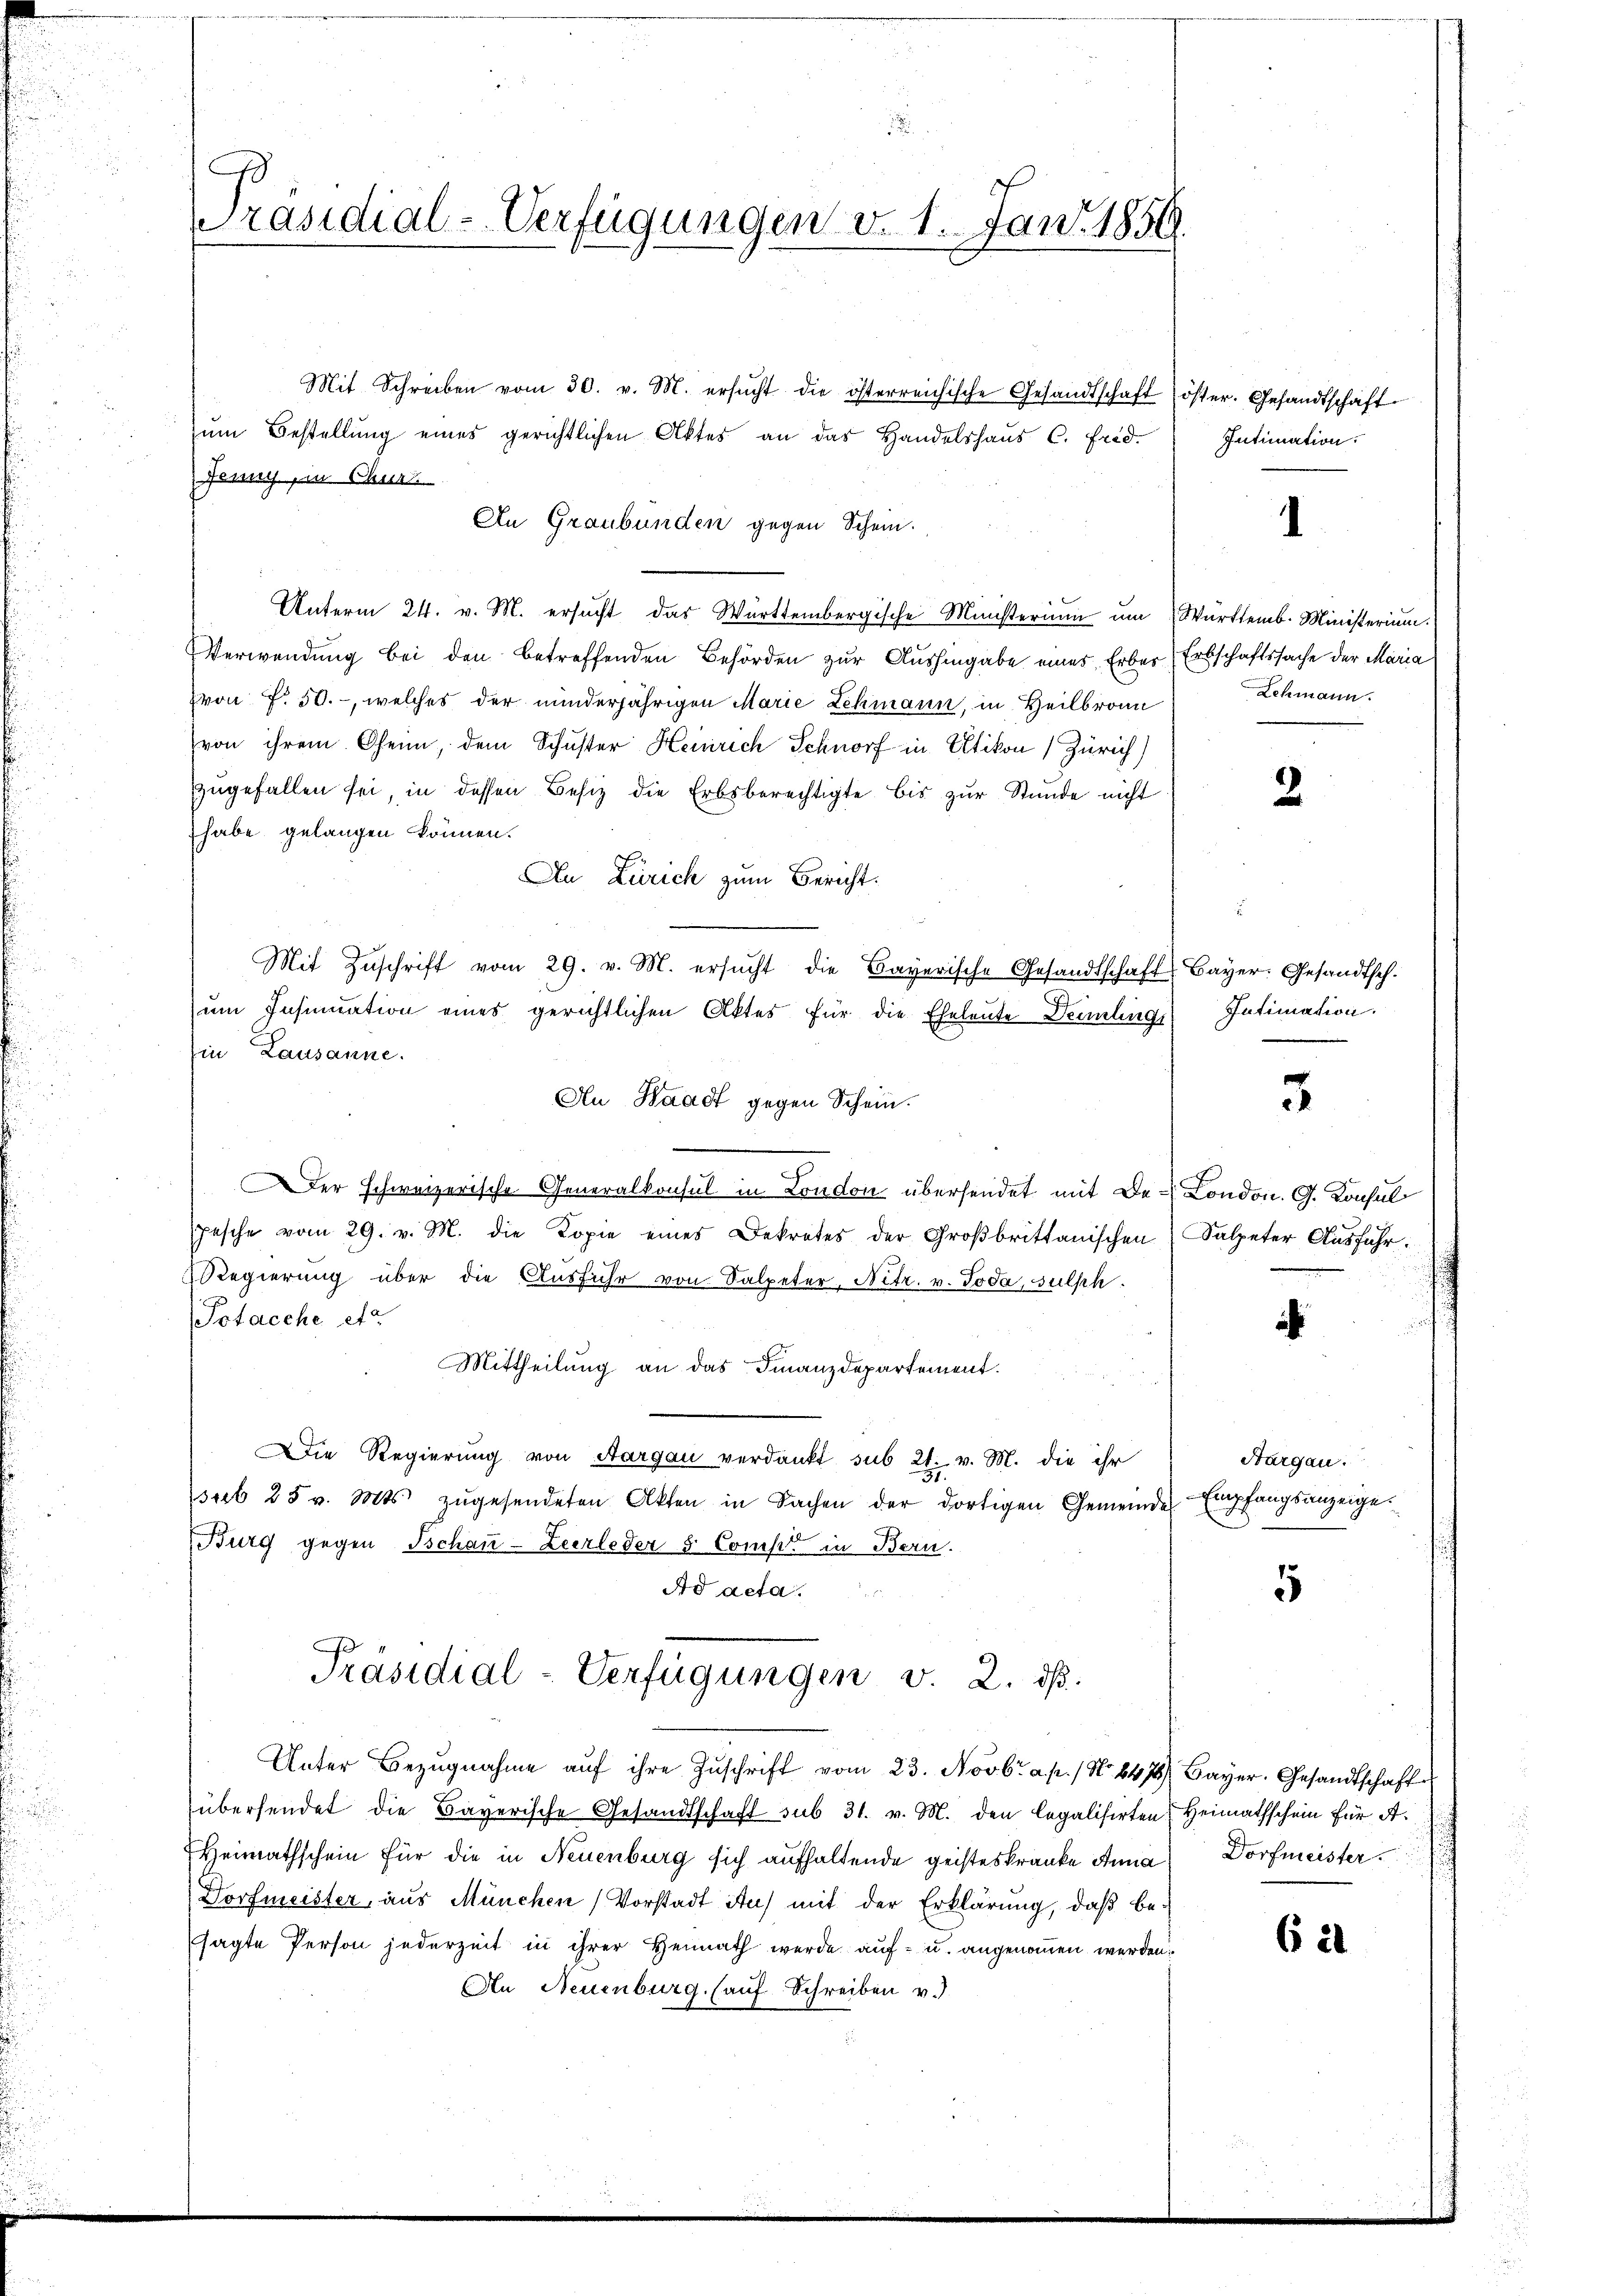
Präsidial-Verfügungen v. 1. Jan. 1859.

Mit Schreiben vom 30. v. M. ersŭcht die österreichische Gesandtschaft öster. Gesandtschaft
zum Bestellung eines gerichtlichen Aktes an das Handelshaus C. Frid.
Jenny in Chur
An Graubünden gegen Schein.
Unterm 24. v. M. ersucht das Württembergische Ministerium im Württemb. Ministerium.
Verwendung bei den betreffenden Behörden zur Aushingabe eines Erber Erbschaftssache der Maria
von f. 50.-, welches der minderjährigen Marie Lehmann, in Heilbronn
von ihrem Chenn, dem Schuster Heinrich Schnorf in Altikon (Zürich)
zŭgefallen sei, in dessen Besiz die Erbsberechtigte bis zŭr Stunde nicht
habe gelangen können.
An Zürich zum Bericht.
Mit Zuschrift vom 29. v. M. ersŭcht die Bayerische Gesandtschaft Bayer: Gesandtsch.
um Insinuation eines gerichtlichen Aktes für die Eheleute Deinlings
Ein Lausanne.
An Waadt gegen Schein.
Der schweizerische Generalkonsul in London übersendet mit den London. G. Konsul
Jasche vom 29. v. M. die Kopie eines Dekretes der Großbrittanischen
Regierung über die Ausführ von Salpeter, Nitr. v. Joda, sulph.
Potacche etc.
Mittheilung an das Finanzdepartement.
Die Regierung von Aargau verdankt sub 21. v. M. die ihr
sub 25 v. Mts. zugesendeten Akten in Sachen der dortigen Gemeinde
Burg gegen Tschau-Zeerleder & Comp in Bern.
Ad acta.
Präsidial-Verfügungen v. 2. ds.
Unter Bezŭgnahme aŭf ihre Zŭschrift vom 23. Novbr. a. p.) No 647 Bayer. Gesandtschafte
übersendet die Bayerische Gesandtschaft sub 31. v. M. den legalisirten Heimathschein für A.
Heimathschein für die in Neuenburg sich aufhaltende geisteskranke Anna
Dorfmeister, aus München Vorstadt Auf mit der Erklärung, daß besagte Person jederzeit in ihrer Heimath wurde auf- u. angenommen werden.
An Neuenburg. (auf Schreiben v.

Intimation.

1

Schmann.

2

Intimation.

3

Salpeter Ausfuhr.

i

Aargau.
Empfangsanzeige.

5

Dorfmeister.

621